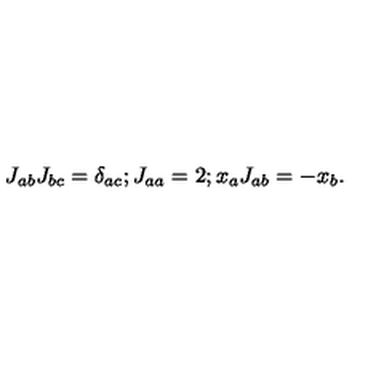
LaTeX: J _ { a b } J _ { b c } = \delta _ { a c } ; J _ { a a } = 2 ; x _ { a } J _ { a b } = - x _ { b } .